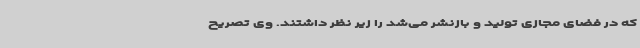
که در فضای مجازی تولید و بازنشر می‌شد را زیر نظر داشتند. وی تصریح